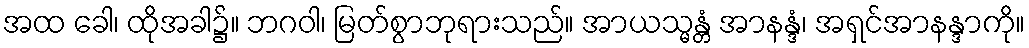
အထ ခေါ၊ ထိုအခါ၌။ ဘဂဝါ၊ မြတ်စွာဘုရားသည်။ အာယသ္မန္တံ အာနန္ဒံ၊ အရှင်အာနန္ဒာကို။